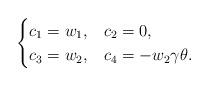
LaTeX: \begin{align*}\begin{cases} c_1=w_1, &c_2=0,\\ c_3=w_2, &c_4=-w_2\gamma\theta.\end{cases}\end{align*}